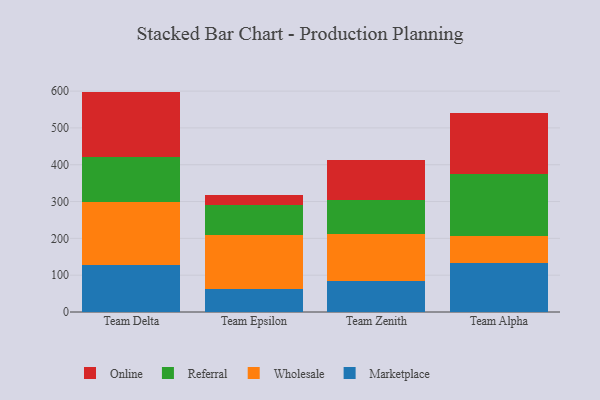
{"axis": {"x": "Team", "y": "Latency (ms)"}, "legend": ["Marketplace", "Online", "Referral", "Wholesale"], "data": [{"x": "Team Delta", "y": 126.7, "type": "Marketplace"}, {"x": "Team Delta", "y": 173.0, "type": "Wholesale"}, {"x": "Team Delta", "y": 120.2, "type": "Referral"}, {"x": "Team Delta", "y": 178.7, "type": "Online"}, {"x": "Team Epsilon", "y": 61.7, "type": "Marketplace"}, {"x": "Team Epsilon", "y": 148.3, "type": "Wholesale"}, {"x": "Team Epsilon", "y": 80.3, "type": "Referral"}, {"x": "Team Epsilon", "y": 28.7, "type": "Online"}, {"x": "Team Zenith", "y": 83.3, "type": "Marketplace"}, {"x": "Team Zenith", "y": 127.7, "type": "Wholesale"}, {"x": "Team Zenith", "y": 93.6, "type": "Referral"}, {"x": "Team Zenith", "y": 107.1, "type": "Online"}, {"x": "Team Alpha", "y": 132.8, "type": "Marketplace"}, {"x": "Team Alpha", "y": 74.2, "type": "Wholesale"}, {"x": "Team Alpha", "y": 166.7, "type": "Referral"}, {"x": "Team Alpha", "y": 166.3, "type": "Online"}]}